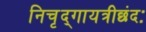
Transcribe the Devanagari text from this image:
निचृद्‌गायत्रीछंदः